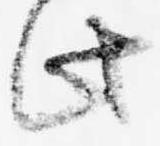
此